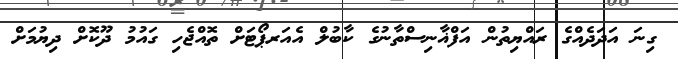
ގިނަ އަދަދެއްގެ ރައްޔިތުން އަފްޣާނިސްތާނުގެ ކާބުލް އެއަރޕޯޓަށް ތޮއްޖެހި ގައުމު ދޫކޮށް ދިޔުމަށް